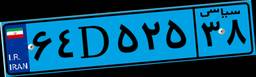
۴۵D۹۶۴۱۰